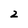
Character: 2